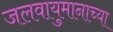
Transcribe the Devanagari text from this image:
जलवायुमानाच्या